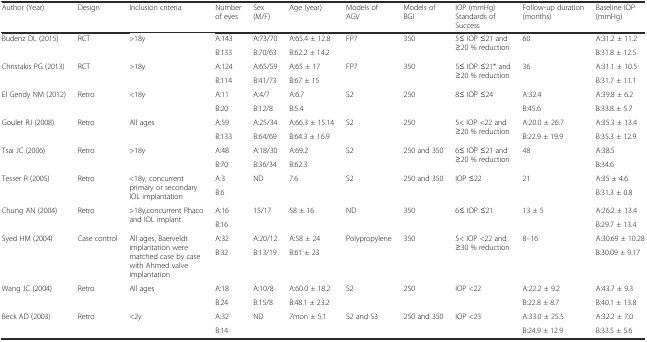
<table><thead><tr><td><b>Author (Year)</b></td><td><b>Design</b></td><td><b>Inclusion criteria</b></td><td><b>Number of eyes</b></td><td><b>Sex (M/F)</b></td><td><b>Age (year)</b></td><td><b>Models of AGV</b></td><td><b>Models of BGI</b></td><td><b>IOP (mmHg) Standards of Success</b></td><td><b>Follow-up duration (months)</b></td><td><b>Baseline IOP (mmHg)</b></td></tr></thead><tbody><tr><td rowspan="2">Budenz DL (2015)</td><td rowspan="2">RCT</td><td rowspan="2">&gt;18y</td><td>A:143</td><td>A:73/70</td><td>A:65.4 ± 12.8</td><td rowspan="2">FP7</td><td rowspan="2">350</td><td rowspan="2">5≤ IOP ≤21 and ≥20 % reduction</td><td rowspan="2">60</td><td>A:31.2 ± 11.2</td></tr><tr><td>B:133</td><td>B:70/63</td><td>B:62.2 ± 14.2</td><td>B:31.8 ± 12.5</td></tr><tr><td rowspan="2">Christakis PG (2013)</td><td rowspan="2">RCT</td><td rowspan="2">&gt;18y</td><td>A:124</td><td>A:65/59</td><td>A:65 ± 17</td><td rowspan="2">FP7</td><td rowspan="2">350</td><td rowspan="2">5≤ IOP ≤21* and ≥20 % reduction</td><td rowspan="2">36</td><td>A:31.1 ± 10.5</td></tr><tr><td>B:114</td><td>B:41/73</td><td>B:67 ± 15</td><td>B:31.7 ± 11.1</td></tr><tr><td rowspan="2">El Gendy NM (2012)</td><td rowspan="2">Retro</td><td rowspan="2">&lt;18y</td><td>A:11</td><td>A:4/7</td><td>A:6.7</td><td rowspan="2">S2</td><td rowspan="2">250</td><td rowspan="2">8≤ IOP ≤24</td><td>A:32.4</td><td>A:39.8 ± 6.2</td></tr><tr><td>B:20</td><td>B:12/8</td><td>B:5.4</td><td>B:45.6</td><td>B:33.8 ± 5.7</td></tr><tr><td rowspan="2">Goulet RJ (2008)</td><td rowspan="2">Retro</td><td rowspan="2">All ages</td><td>A:59</td><td>A:25/34</td><td>A:66.3 ± 15.14</td><td rowspan="2">S2</td><td rowspan="2">250</td><td rowspan="2">5&lt; IOP &lt;22 and ≥20 % reduction</td><td>A:20.0 ± 26.7</td><td>A:35.3 ± 13.4</td></tr><tr><td>B:133</td><td>B:64/69</td><td>B:64.3 ± 16.9</td><td>B:22.9 ± 19.9</td><td>B:35.3 ± 12.9</td></tr><tr><td rowspan="2">Tsai JC (2006)</td><td rowspan="2">Retro</td><td rowspan="2">&gt;18y</td><td>A:48</td><td>A:18/30</td><td>A:69.2</td><td rowspan="2">S2</td><td rowspan="2">250 and 350</td><td rowspan="2">6≤ IOP ≤21 and ≥20 % reduction</td><td rowspan="2">48</td><td>A:38.5</td></tr><tr><td>B:70</td><td>B:36/34</td><td>B:62.3</td><td>B:34.6</td></tr><tr><td rowspan="2">Tesser R (2005)</td><td rowspan="2">Retro</td><td rowspan="2">&lt;18y, concurrent primary or secondary IOL implantation</td><td>A:3</td><td rowspan="2">ND</td><td rowspan="2">7.6</td><td rowspan="2">S2</td><td rowspan="2">250 and 350</td><td rowspan="2">IOP ≤22</td><td rowspan="2">21</td><td>A:35 ± 4.6</td></tr><tr><td>B:6</td><td>B:31.3 ± 0.8</td></tr><tr><td rowspan="2">Chung AN (2004)</td><td rowspan="2">Retro</td><td rowspan="2">&gt;18y,concurrent Phaco and IOL implant</td><td>A:16</td><td rowspan="2">15/17</td><td rowspan="2">58 ± 16</td><td rowspan="2">ND</td><td rowspan="2">350</td><td rowspan="2">6≤ IOP ≤21</td><td rowspan="2">13 ± 5</td><td>A:26.2 ± 13.4</td></tr><tr><td>B:16</td><td>B:29.7 ± 13.4</td></tr><tr><td rowspan="2">Syed HM (2004)</td><td rowspan="2">Case control</td><td rowspan="2">All ages, Baerveldt implantation were matched case by case with Ahmed valve implantation</td><td>A:32</td><td>A:20/12</td><td>A:58 ± 24</td><td rowspan="2">Polypropylene</td><td rowspan="2">350</td><td rowspan="2">5&lt; IOP &lt;22 and ≥30 % reduction</td><td rowspan="2">8–16</td><td>A:30.69 ± 10.28</td></tr><tr><td>B:32</td><td>B:13/19</td><td>B:61 ± 23</td><td>B:30.09 ± 9.17</td></tr><tr><td rowspan="2">Wang JC (2004)</td><td rowspan="2">Retro</td><td rowspan="2">All ages</td><td>A:18</td><td>A:10/8</td><td>A:60.0 ± 18.2</td><td rowspan="2">S2</td><td rowspan="2">250</td><td rowspan="2">IOP &lt;22</td><td>A:22.2 ± 9.2</td><td>A:43.7 ± 9.3</td></tr><tr><td>B:24</td><td>B:15/8</td><td>B:48.1 ± 23.2</td><td>B:22.8 ± 8.7</td><td>B:40.1 ± 13.8</td></tr><tr><td rowspan="2">Beck AD (2003)</td><td rowspan="2">Retro</td><td rowspan="2">&lt;2y</td><td>A:32</td><td rowspan="2">ND</td><td rowspan="2">7mon ± 5.1</td><td rowspan="2">S2 and S3</td><td rowspan="2">250 and 350</td><td rowspan="2">IOP &lt;23</td><td>A:33.0 ± 25.5</td><td>A:32.2 ± 7.0</td></tr><tr><td>B:14</td><td>B:24.9 ± 12.9</td><td>B:33.5 ± 5.6</td></tr></tbody></table>